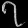
Digit: ၇